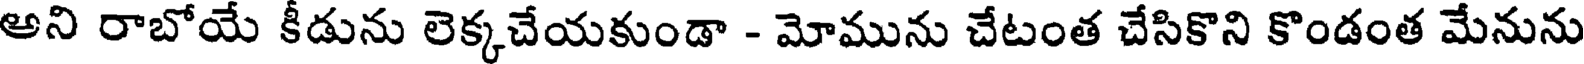
అని రాబోయే కీడును లెక్కచేయకుండా - మోమును చేటంత చేసికొని కొండంత మేనును